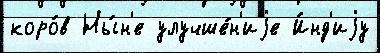
коро́в Ны́н'е улучше́н'иjе И́нд'иjу